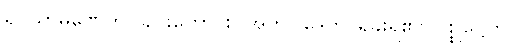
ရှင်သာမဏေကိုလည်းကောင်း။ အဘိဝါဒေတိ၊ ရှိခိုးရ၏။ ပစ္စုဋ္ဌေတိ၊